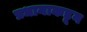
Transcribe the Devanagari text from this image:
प्रधानाकडून